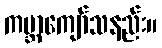
ကမ္ဘာကျော်သနည်း။